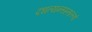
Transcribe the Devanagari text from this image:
दधत्यन्तस्तत्त्वं